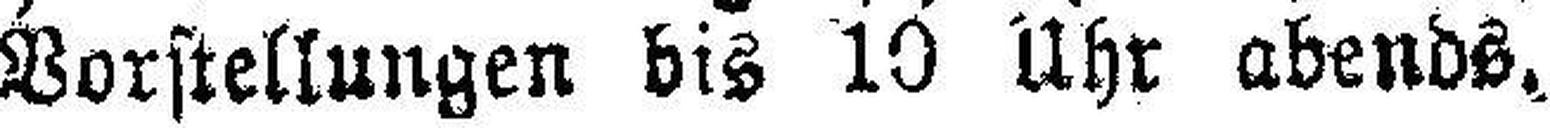
Vorstellungen bis 10 Uhr abends.